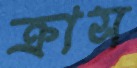
ক্রাস